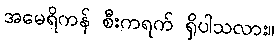
အမေရိကန် စီးကရက် ရှိပါသလား။